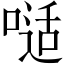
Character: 𠻉